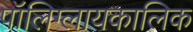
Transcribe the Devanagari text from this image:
पॉलिग्लायकालिक